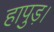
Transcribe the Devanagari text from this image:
हापुड़।